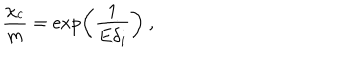
\frac { \chi _ { c } } { m } = \exp \left( \frac { 1 } { E \delta _ { i } } \right) ~ ,